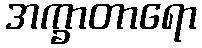
အက္ခာတာရော